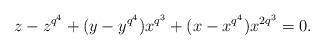
LaTeX: \begin{align*}z-z^{q^4}+(y-y^{q^4})x^{q^3}+(x-x^{q^4})x^{2q^3}=0.\end{align*}